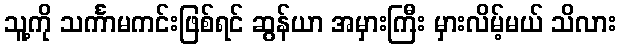
သူ့ကို သင်္ကာမကင်းဖြစ်ရင် ဆွန်ယာ အမှားကြီး မှားလိမ့်မယ် သိလား